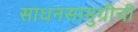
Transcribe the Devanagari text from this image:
साधनसामुग्रीची